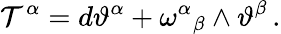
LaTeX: \mathcal{T}^{\alpha}=d\vartheta^{\alpha}+\omega^{\alpha}{}_{\beta}\wedge\vartheta^{\beta}\, .